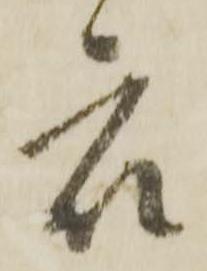
衆